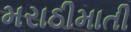
મરાઠીમાતી